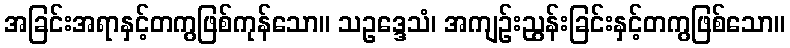
အခြင်းအရာနှင့်တကွဖြစ်ကုန်သော။ သဥဒ္ဒေသံ၊ အကျဉ်းညွန်းခြင်းနှင့်တကွဖြစ်သော။